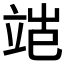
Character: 𬔝